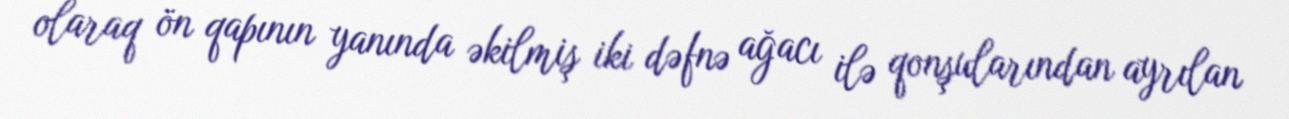
olaraq ön qapının yanında əkilmiş iki dəfnə ağacı ilə qonşularından ayrılan